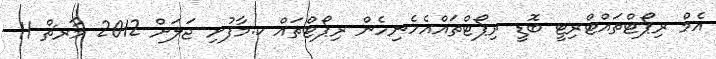
އެމް ރިޕޯޓްތައްޓްރިޓީ ބޮޑީ ރިޕޯޓްތައްއެހެނިހެން ރިޕޯޓްތައް ކ.މާފުށި ޖަލަށް 2012 މާރޗް 11